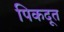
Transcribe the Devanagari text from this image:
पिकदूत